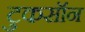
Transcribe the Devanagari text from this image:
टुकसॉन